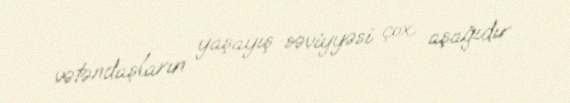
vətəndaşların yaşayış səviyyəsi çox aşağıdır.